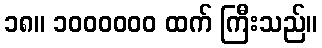
၁၈။ ၁၀၀၀၀၀၀ ထက် ကြီးသည်။